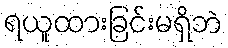
ရယူထားခြင်းမရှိဘဲ